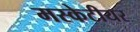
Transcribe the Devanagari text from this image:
मस्केटीयर